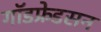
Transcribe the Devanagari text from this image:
गॉडफ्रेडसन